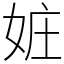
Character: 㛇